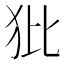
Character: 𤜻